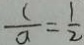
\frac { 1 } { a } = \frac { 1 } { 2 }